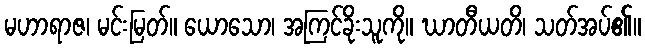
မဟာရာဇ၊ မင်းမြတ်။ ယောသော၊ အကြင်ခိုးသူကို။ ဃာတီယတိ၊ သတ်အပ်၏။